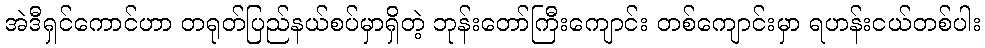
အဲဒီရှင်ကောင်ဟာ တရုတ်ပြည်နယ်စပ်မှာရှိတဲ့ ဘုန်းတော်ကြီးကျောင်း တစ်ကျောင်းမှာ ရဟန်းငယ်တစ်ပါး